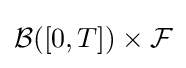
{\mathcal {B}}([0,T])\times {\mathcal {F}}